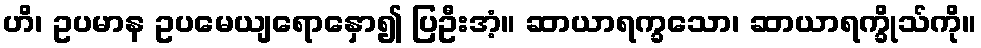
ဟိ၊ ဥပမာန ဥပမေယျရောနှော၍ ပြဦးအံ့။ ဆာယာရက္ခသော၊ ဆာယာရက္ခိုသ်ကို။